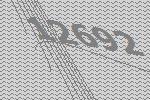
12692